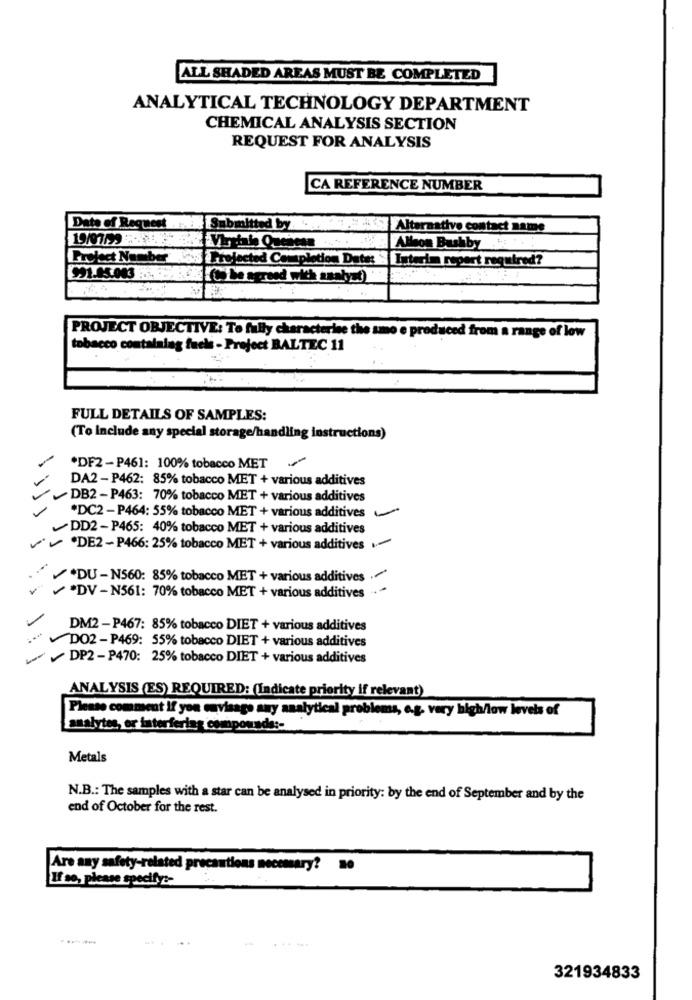
ALL SHADED AREAS MUST BE COMPLETED
ANALYTICAL TECHNOLOGY DEPARTMENT
CHEMICAL ANALYSIS SECTION
REQUEST FOR ANALYSIS
CA REFERENCE NUMBER
Date of Request
Submitted by
Alternative contact name
Allson Bushby ..
Project Number Vus Projected Completion Date:
Interim report required?
PROJECT OBJECTIVE: To fully characterise the smo e produced from a range of low
tobacco containing fuel - Project BALTEC 11
FULL DETAILS OF SAMPLES:
(To Include any special storage/handling instructions)
*DF2- P461: 100% tobacco MET
-
DA2 - P462: 85% tobacco MET + various additives
DB2 -P463: 70% tobacco MET + various additives
*DC2 - P464: 55% tobacco MET + various additives
DD2-P465: 40% tobacco MET + various additives
DE2 - P466: 25% tobacco MET + various additives .
*DU - N560: 85% tobacco MET + various additives .
*DV - N561: 70% tobacco MET + various additives
DM2 - P467: 85% tobacco DIET + various additives
DO2-P469: 55% tobacco DIET + various additives
DP2-P470: 25% tobacco DIET + various additives
ANALYSIS (ES) REQUIRED: (Indicate priority if relevant)
Please comment if you cuvisage any analytical problems, og. very high/low levels of
analytes, or interfering compounds :-
Metals
N.B .: The samples with a star can be analysed in priority: by the end of September and by the
end of October for the rest.
Are any safety-related precautions necemary? 0
If so, please specify :-
321934833